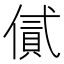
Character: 㒃